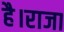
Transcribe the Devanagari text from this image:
है।राजा